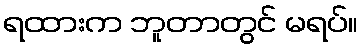
ရထားက ဘူတာတွင် မရပ်။